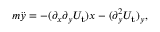
\begin{array} { r } { m \ddot { y } = - ( \partial _ { x } \partial _ { y } U _ { \mathbf { t } } ) x - ( \partial _ { y } ^ { 2 } U _ { \mathbf { t } } ) _ { y } , } \end{array}